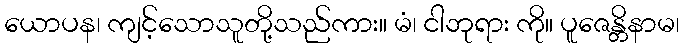
ယောပန၊ ကျင့်သောသူတို့သည်ကား။ မံ၊ ငါဘုရား ကို။ ပူဇေန္တိနာမ၊